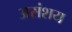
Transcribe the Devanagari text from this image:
असंशय